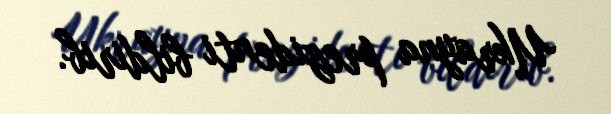
Ukrayna prezidenti bildirib.